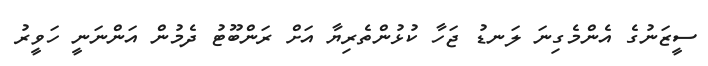
ސީޒަނުގެ އެންމެގިނަ ލަނޑު ޖަހާ ކުޅުންތެރިޔާ އަށް ރަންބޫޓު ދެމުން އަންނަނީ ހަވީރު